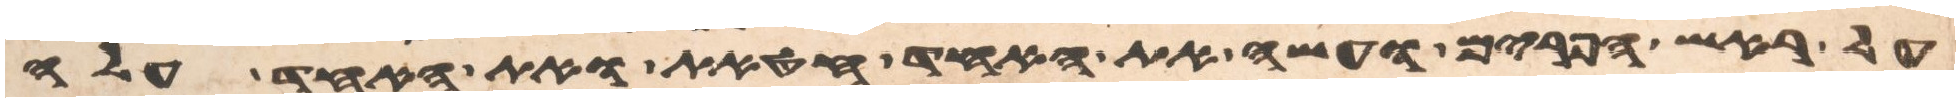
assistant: על ראש הפרים ועשה את האחד חטאת ואת האחד עלה